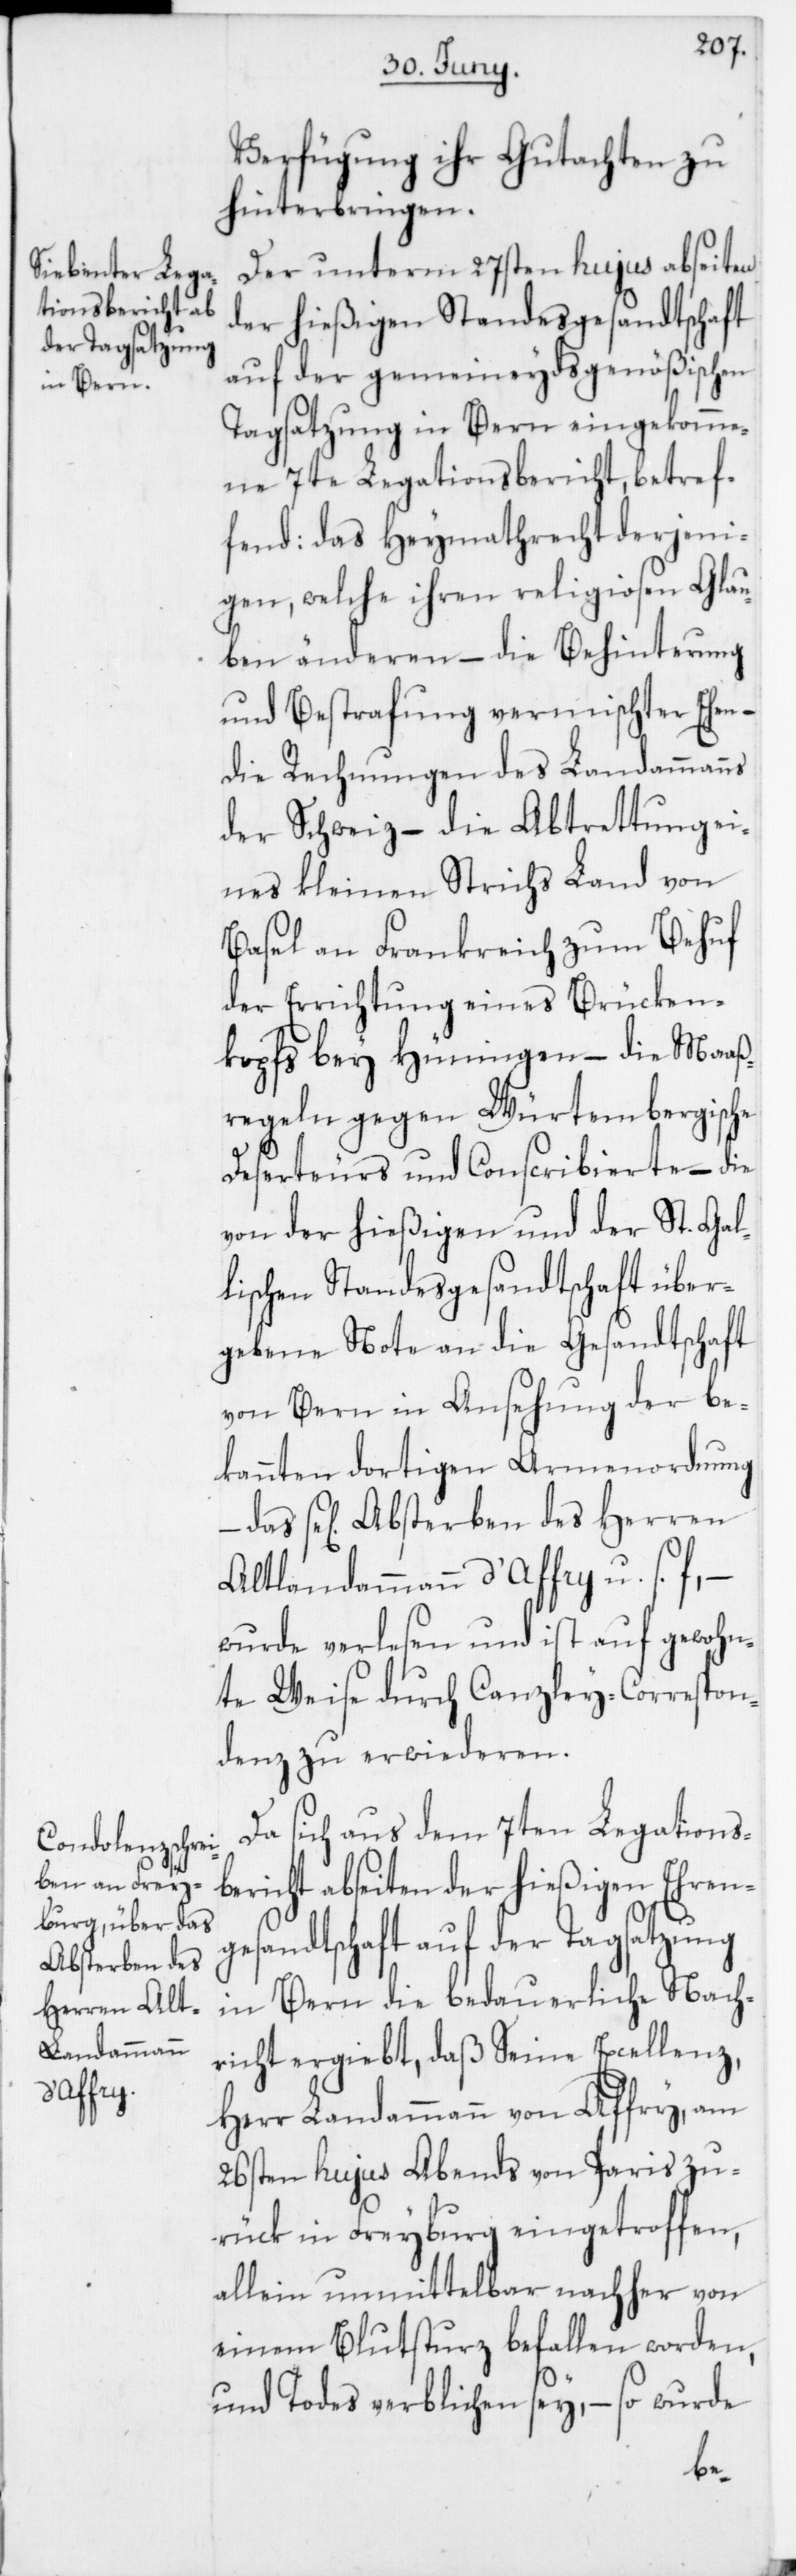
Absterben des
Herren Alt¬

Verfügung ihr Gutachten zu
hinterbringen.
Der unterm 27sten hujus abseiten
der hießigen Standesgesandtschaft
auf der gemeineydsgenößischen
Tagsatzung in Bern eingekomme¬
ne 7te Legationsbericht, betref¬
fend das Heymathrecht derjeni¬
gen, welche ihren religiosen Glau¬
ben änderen – die Behinterung
und Bestrafung vermischter Ehen –
die Rechnungen des Landammanns
der Schweiz – die Abtrettung ei¬
nes kleinen Strichs Land von
Basel an Frankreich zum Behuf
der Errichtung eines Brücken¬
kopfs bey Hüningen – die Maaß¬
regeln gegen Würtembergische
Deserteurs und Conscribierte – die
von der hießigen und der St. Gal¬
lischen Standesgesandtschaft über¬
gebene Note an die Gesandtschaft
von Bern in Ansehung der be¬
kannten dortigen Armenordung
landammann d’Affry u. s. f. –
wurde verlesen und ist auf gewohn¬
te Weise durch Canzley-Correspon¬
denz zu erwiederen.
Da sich aus dem 7ten Legations¬
bericht abseiten der hießigen Ehren¬
gesandtschaft auf der Tagsatzung
in Bern die bedauerliche Nach¬
richt ergiebt, daß Seine Excellenz,
Herr Landammann von Affry am
26sten hujus Abends von Paris zu¬
rük in Freyburg eingetroffen,
allein unmittelbar nachher von
einem Blutsturz befallen worden,
und Todes verblichen sey, – so wurde